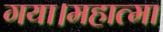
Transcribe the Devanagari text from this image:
गया।महात्मा